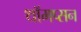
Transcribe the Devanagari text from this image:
थॉमप्सन